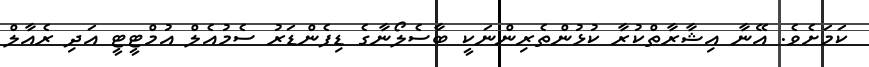
ކަމަށެވެ. އޭނާ އިޝާރާތްކުރާ ކުޅުންތެރިންނަކީ ބާސެލޯނާގެ ޑިފެންޑަރު ސެމުއެލް އުމްޓީޓީ އަދި ރެއާލް